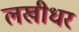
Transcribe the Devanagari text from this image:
लखीधर